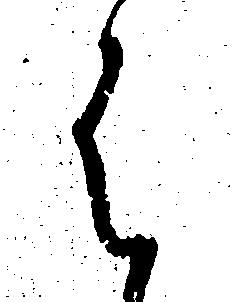
は